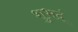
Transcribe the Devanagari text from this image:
शुभदं